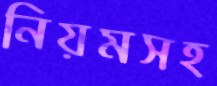
নিয়মসহ